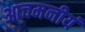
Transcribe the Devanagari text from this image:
आचमनीयं